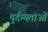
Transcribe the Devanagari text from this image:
दुर्दम्यताओं